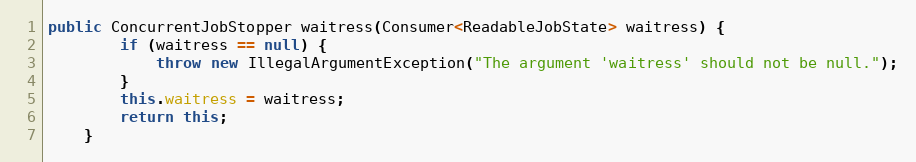
Language: Java
public ConcurrentJobStopper waitress(Consumer<ReadableJobState> waitress) {
        if (waitress == null) {
            throw new IllegalArgumentException("The argument 'waitress' should not be null.");
        }
        this.waitress = waitress;
        return this;
    }